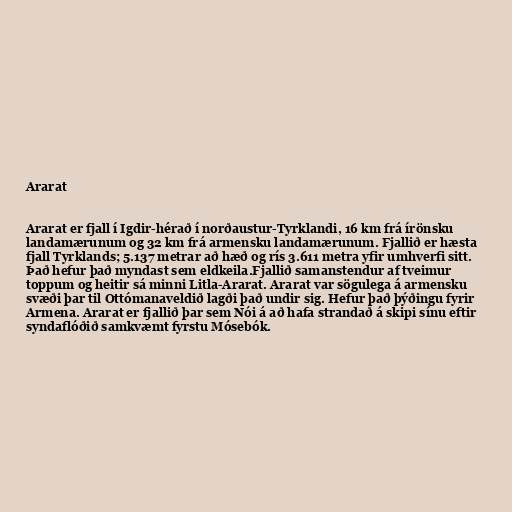
Ararat

Ararat er fjall í Igdir-hérað í norðaustur-Tyrklandi, 16 km frá írönsku
landamærunum og 32 km frá armensku landamærunum. Fjallið er hæsta
fjall Tyrklands; 5.137 metrar að hæð og rís 3.611 metra yfir umhverfi sitt.
Það hefur það myndast sem eldkeila.Fjallið samanstendur af tveimur
toppum og heitir sá minni Litla-Ararat. Ararat var sögulega á armensku
svæði þar til Ottómanaveldið lagði það undir sig. Hefur það þýðingu fyrir
Armena. Ararat er fjallið þar sem Nói á að hafa strandað á skipi sínu eftir
syndaflóðið samkvæmt fyrstu Mósebók.